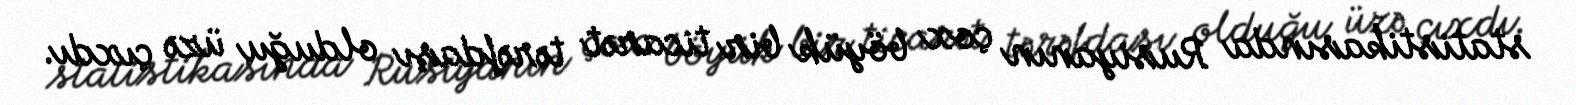
statistikasında Rusiyanın çox böyük bir ticarət tərəfdaşı olduğu üzə çıxdı.